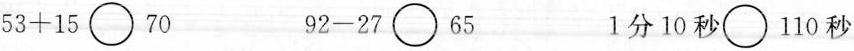
$$53+15\bigcirc70$$ $$92-27\bigcirc65$$ $$1分10秒\bigcirc110秒$$